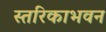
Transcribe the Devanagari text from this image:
स्तरिकाभवन